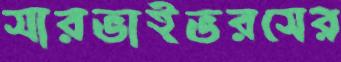
সারভাইভরসের